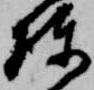
棟